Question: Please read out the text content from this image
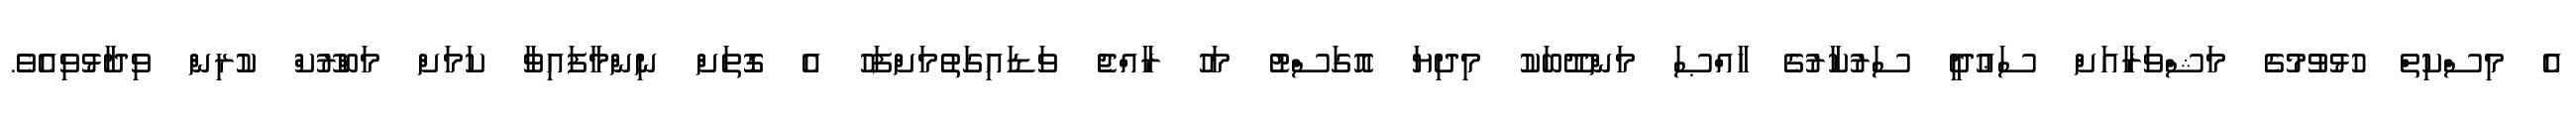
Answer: އެ މިސްކިތް ހުޅުވުމުގެ މަޝްވަރާއަށް ސަޢުދީ ސަރުކާރުގެ ޚާއްޞަ މަންދޫބަކު މިދިޔަ އޮގަސްޓު މަހު ރާއްޖެ ވަޑައިގަތުމަށްފަހު އެ ގޮތަށް ނިންމާފައިވާ ކަމަށް މަބްރޫކް ކުރިން ވިދާޅުވިއެވެ.